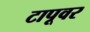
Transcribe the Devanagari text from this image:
टापूवर